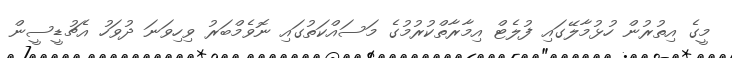
މީގެ އިތުރުން ހުޅުމާލޭގައި ފުލެޓް އިމާރާތްކުރުމުގެ މަސައްކަތުގައި ނޮވެމްބަރު ވިހިވަނަ ދުވަހު އެޗުޑީސީން